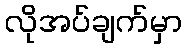
လိုအပ်ချက်မှာ